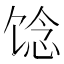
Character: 𩠈